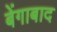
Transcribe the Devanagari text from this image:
बेंगाबाद